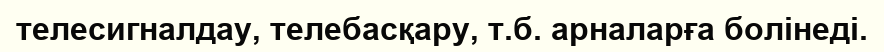
телесигналдау, телебасқару, т.б. арналарға болінеді.